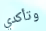
وتأكدي